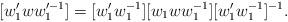
LaTeX: \begin{align*}[w'_1 w w'^{-1}_1]=[w'_1 w^{-1}_1][w_1 w w^{-1}_1][w'_1w^{-1}_1]^{-1}.\end{align*}